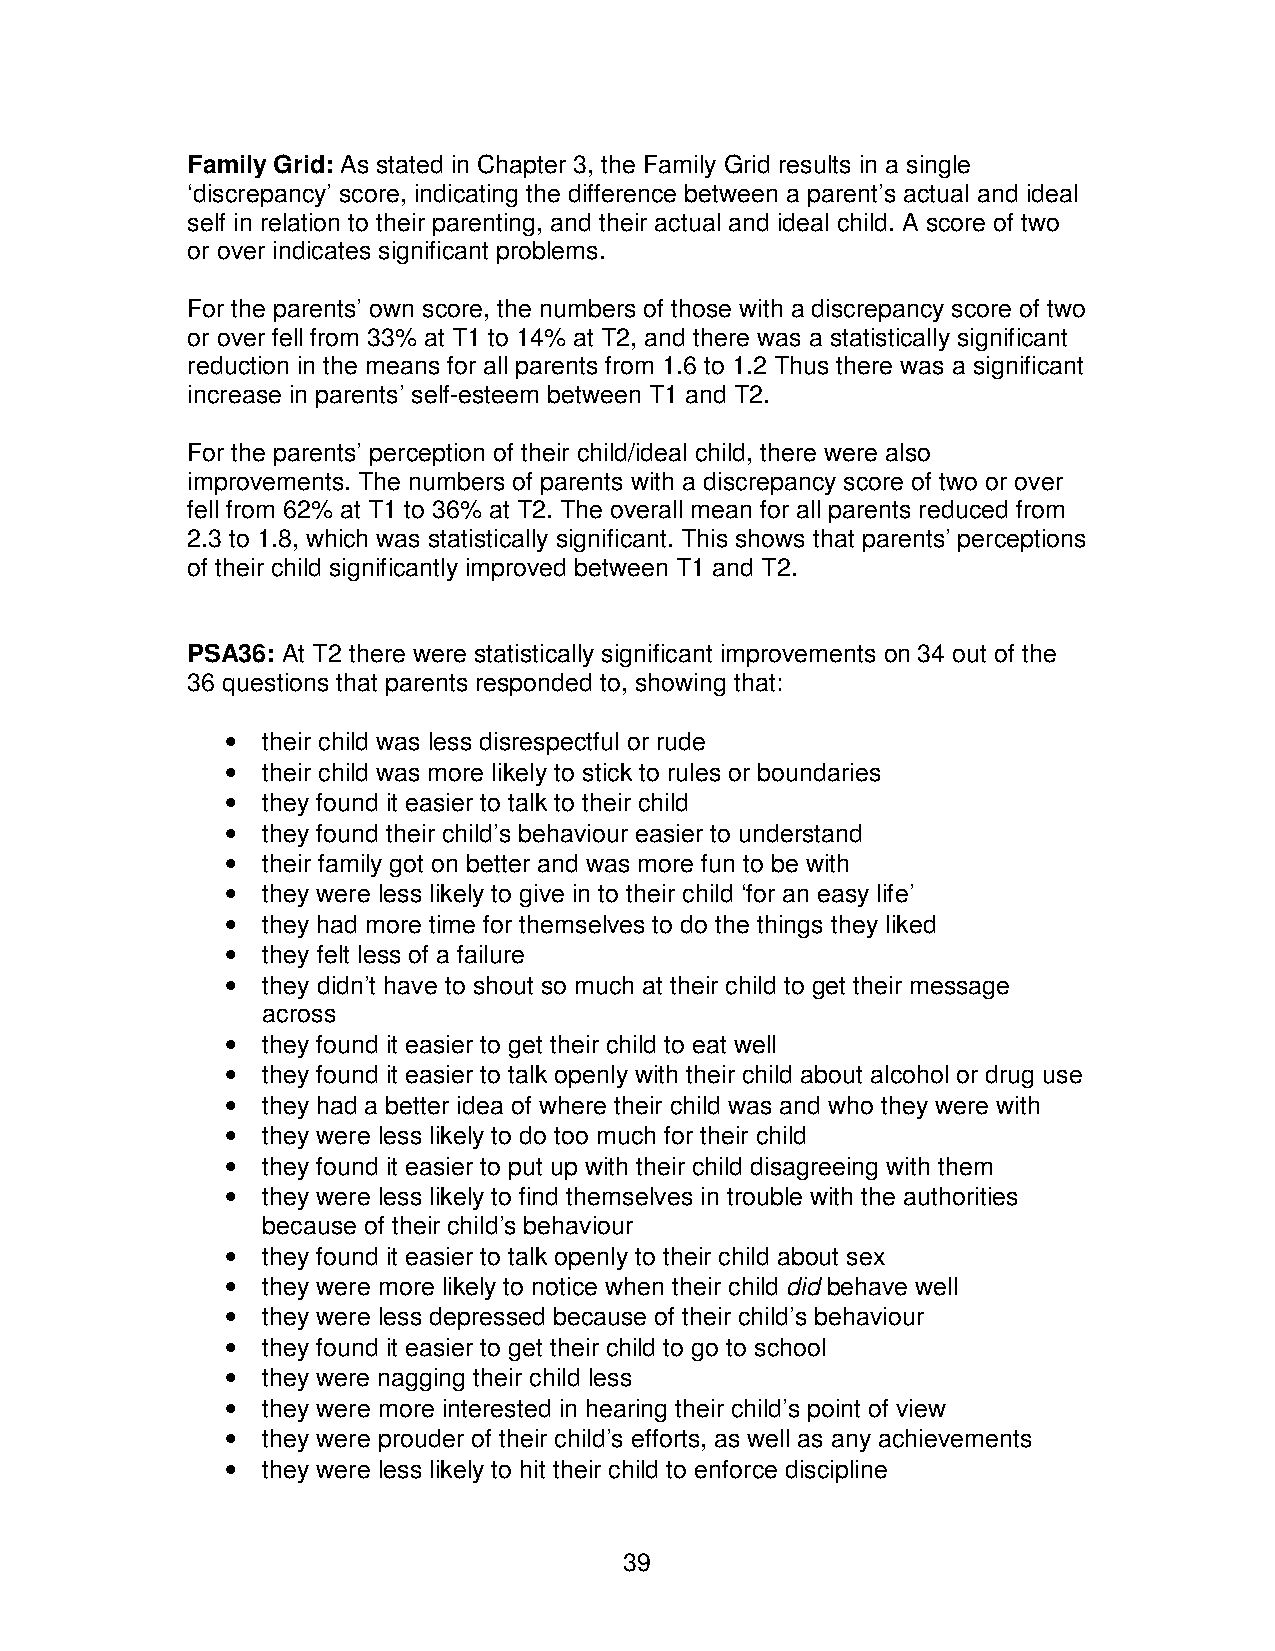
Family Grid: As stated in Chapter 3, the Family Grid results in a single
 ‘discrepancy’ score, indicating the difference between a parent’s actual and ideal
 self in relation to their parenting, and their actual and ideal child. A score of two
 or over indicates significant problems.
 For the parents’ own score, the numbers of those with a discrepancy score of two
 or over fell from 33% at T1 to 14% at T2, and there was a statistically significant
 reduction in the means for all parents from 1.6 to 1.2 Thus there was a significant
 increase in parents’ self-esteem between T1 and T2.
 For the parents’ perception of their child/ideal child, there were also
 improvements. The numbers of parents with a discrepancy score of two or over
 fell from 62% at T1 to 36% at T2. The overall mean for all parents reduced from
 2.3 to 1.8, which was statistically significant. This shows that parents’ perceptions
 of their child significantly improved between T1 and T2.
 PSA36: At T2 there were statistically significant improvements on 34 out of the
 36 questions that parents responded to, showing that:
 • their child was less disrespectful or rude
 • their child was more likely to stick to rules or boundaries
 • they found it easier to talk to their child
 • they found their child’s behaviour easier to understand
 • their family got on better and was more fun to be with
 • they were less likely to give in to their child ‘for an easy life’
 • they had more time for themselves to do the things they liked
 • they felt less of a failure
 • they didn’t have to shout so much at their child to get their message
 across
 • they found it easier to get their child to eat well
 • they found it easier to talk openly with their child about alcohol or drug use
 • they had a better idea of where their child was and who they were with
 • they were less likely to do too much for their child
 • they found it easier to put up with their child disagreeing with them
 • they were less likely to find themselves in trouble with the authorities
 because of their child’s behaviour
 • they found it easier to talk openly to their child about sex
 • they were more likely to notice when their child did behave well
 • they were less depressed because of their child’s behaviour
 • they found it easier to get their child to go to school
 • they were nagging their child less
 • they were more interested in hearing their child’s point of view
 • they were prouder of their child’s efforts, as well as any achievements
 • they were less likely to hit their child to enforce discipline
 39